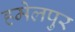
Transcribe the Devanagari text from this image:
हमेलपुर